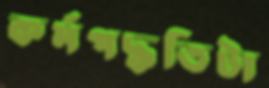
কর্মপদ্ধতিটা